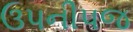
ઉપનીપજ